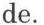
de.